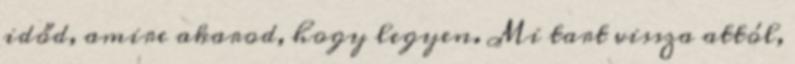
időd, amire akarod, hogy legyen. Mi tart vissza attól,